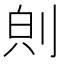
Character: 𪟇